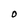
Character: O